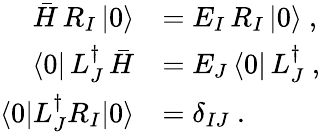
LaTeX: \begin{array}{rl}{\bar{H}\, R_{I}\, |0\rangle}&{=E_{I}\, R_{I}\, |0\rangle~,}\\ {\langle 0|\, L_{J}^{\dagger}\, \bar{H}}&{=E_{J}\, \langle 0|\, L_{J}^{\dagger}~,}\\ {\langle 0|L_{J}^{\dagger}R_{I}|0\rangle}&{=\delta_{IJ}~.}\end{array}